Lunatic asylums Central Provinces reports 1886-1894 - 1886-1894
Year: 1886
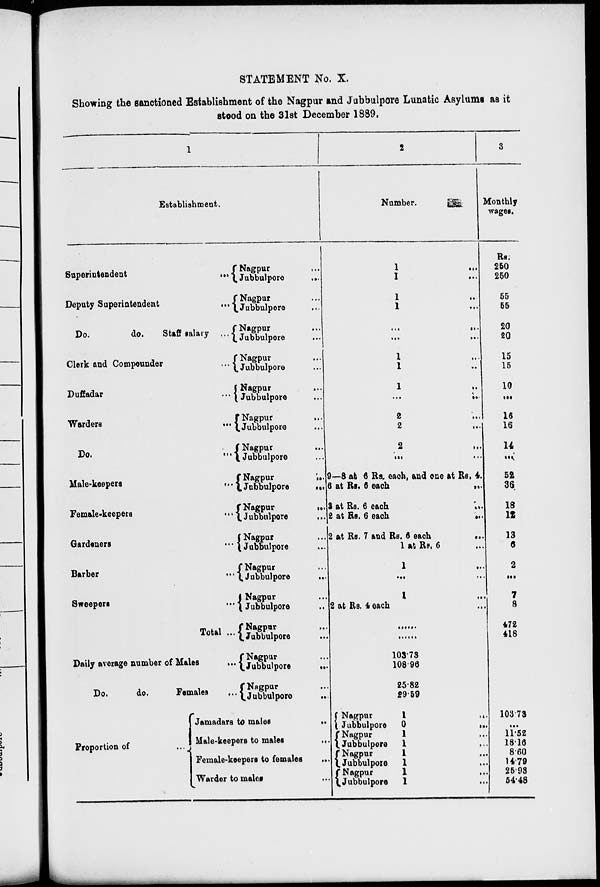
STATEMENT No. X.
Showing the sanctioned Establishment of the Nagpur and Jubbulpore Lunatic Asylums as it
stood on the 31st December 1889.
1
Establishment.
Superintendent
...
Deputy Superintendent
...
Do.
do.
Staff
salary ...
Clerk and Compounder
...
Duffadar ...
Warders ...
Do.
...
Male-keepers
...
Female-keepers
...
Gardeners ...
Barber ...
Sweepers
...
Total ...
Daily average number of Males
...
Do.
do.
Females ...
Proportion of
...
Nagpur ...
Jubbulpore
...
Nagpur ...
Jubbulpore ...
Nagpur ...
Jubbulpore ...
Nagpur ...
Jubbulpore ...
Nagpur ...
Jubbulpore ...
Nagpur
...
Jubbulpore ...
Nagpur ...
Jubbulpore ...
Nagpur
...
Jubbulpore
...
Nagpur
...
Jubbulpore
...
Nagpur ...
Jubbulpore ...
Nagpur ...
Jubbulpore
...
Nagpur ...
Jubbulpore ...
Nagpur
...
Jubbulpore ...
Nagpur ...
Jubbulpore
...
Nagpur ...
Jubbulpore
...
Jamadara to males
...
Male-keepers to males
...
Female-keepers to females
...
Warder to males ...
2
Number.
1 ...
1 ...
1 ...
1 ...
... ...
... ...
1 ...
1 ...
1 ...
... ...
2 ...
2
...
2 ...
... ...
9—8 at 6 Rs. each, and one at Rs. 4.
6 at Rs. 6 each
...
3 at Rs. 6 each
...
2 at Rs. 6 each
...
2 at Rs. 7 and Rs. 6 each
...
1 at Re. 6 ...
1 ...
... ...
1 ...
2 at Rs. 4 each
......
......
103.73
108.96
25.82
29.59
Nagpur
1
...
Jubbulpore
0
...
Nagpur
1 ...
Jubbulpore
1 ...
Nagpur
1 ...
Jubbulpore
1 ...
Nagpur
1 ...
Jubbulpore
1 ...
3
Monthly
wages.
Rs.
250
250
55
55
20
20
15
15
10
...
16
16
14
...
52
36
18
12
13
6
2
...
7
8
472
418
103.73
...
11.52
18.16
8.60
14.79
25.93
54.48